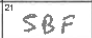
Transcription: SBF